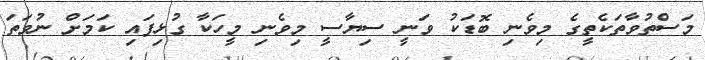
މަސްތުވާތަކެތީގެ މިވެނި ބޮޑަކު ވަނީ ސިޔާސީ މިވެނި މީހަކާ ގުޅިފައި ކަމަށް ނުވަތަ